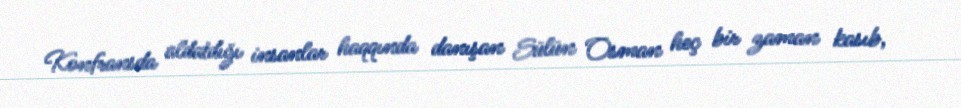
Konfransda aldatdığı insanlar haqqında danışan Sülün Osman heç bir zaman kasıb,